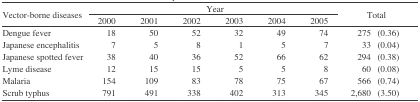
| <ROWSPAN=3> Vector-borne diseases | <COLSPAN=6> Year | <ROWSPAN=3> Total |
 | 2000 | 2001 | 2002 | 2003 | 2004 | 2005 |
 | --- | --- | --- | --- | --- | --- | --- | --- |
 | Dengue fever | 18 | 50 | 52 | 32 | 49 | 74 | 275 (0.36) |
 | Japanese encephalitis | 7 | 5 | 8 | 1 | 5 | 7 | 33 (0.04) |
 | Japanese spotted fever | 38 | 40 | 36 | 52 | 66 | 62 | 294 (0.38) |
 | Lyme disease | 12 | 15 | 15 | 5 | 5 | 8 | 60 (0.08) |
 | Malaria | 154 | 109 | 83 | 78 | 75 | 67 | 566 (0.74) |
 | Scrub typhus | 791 | 491 | 338 | 402 | 313 | 345 | 2,680 (3.50) |